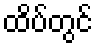
ထိပ်တွင်